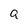
Character: a